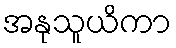
အနုသူယိကာ